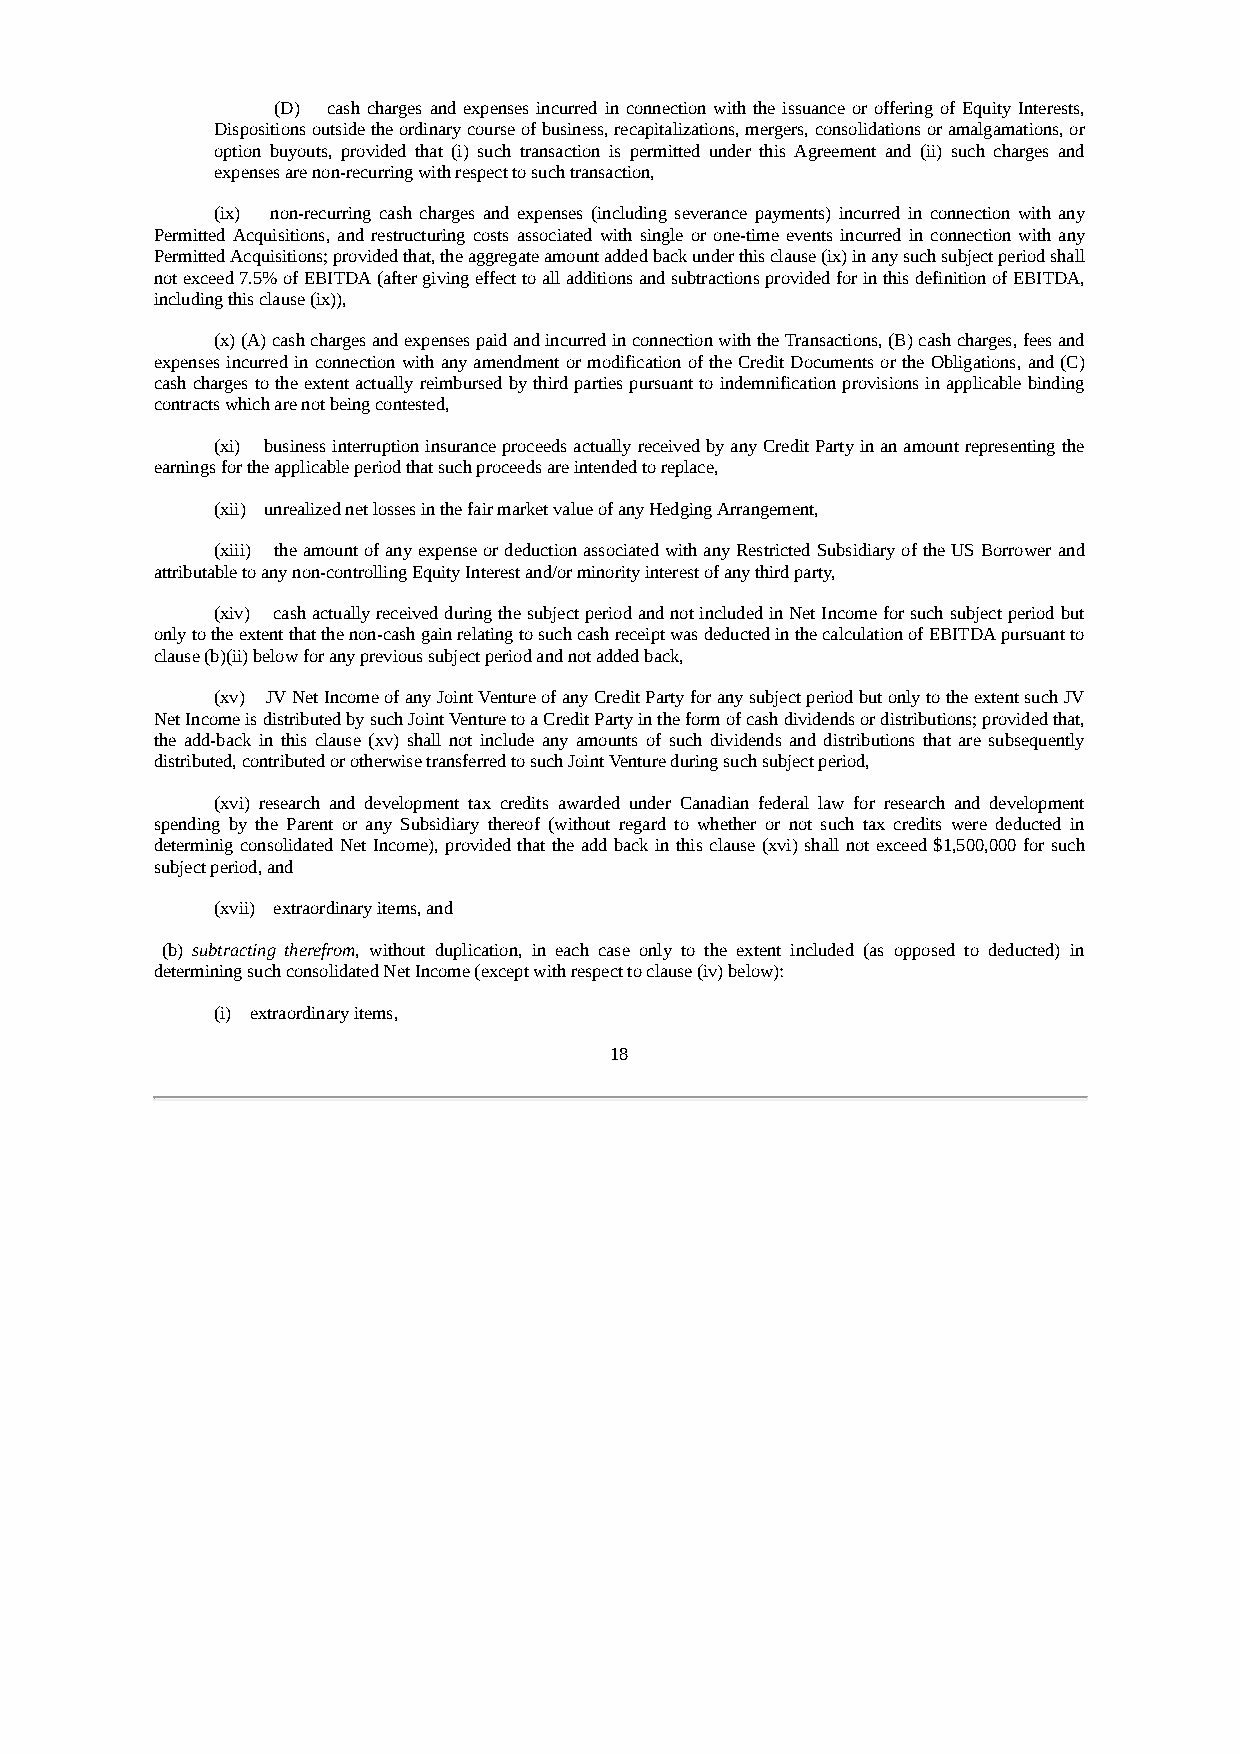
(D) cash charges and expenses incurred in connection with the issuance or offering of Equity Interests,
 Dispositions outside the ordinary course of business, recapitalizations, mergers, consolidations or amalgamations, or
 option buyouts, provided that (i) such transaction is permitted under this Agreement and (ii) such charges and
 expenses are non-recurring with respect to such transaction,
 (ix) non-recurring cash charges and expenses (including severance payments) incurred in connection with any
 Permitted Acquisitions, and restructuring costs associated with single or one-time events incurred in connection with any
 Permitted Acquisitions; provided that, the aggregate amount added back under this clause (ix) in any such subject period shall
 not exceed 7.5% of EBITDA (after giving effect to all additions and subtractions provided for in this definition of EBITDA,
 including this clause (ix)),
 (x) (A) cash charges and expenses paid and incurred in connection with the Transactions, (B) cash charges, fees and
 expenses incurred in connection with any amendment or modification of the Credit Documents or the Obligations, and (C)
 cash charges to the extent actually reimbursed by third parties pursuant to indemnification provisions in applicable binding
 contracts which are not being contested,
 (xi) business interruption insurance proceeds actually received by any Credit Party in an amount representing the
 earnings for the applicable period that such proceeds are intended to replace,
 (xii) unrealized net losses in the fair market value of any Hedging Arrangement,
 (xiii) the amount of any expense or deduction associated with any Restricted Subsidiary of the US Borrower and
 attributable to any non-controlling Equity Interest and/or minority interest of any third party,
 (xiv) cash actually received during the subject period and not included in Net Income for such subject period but
 only to the extent that the non-cash gain relating to such cash receipt was deducted in the calculation of EBITDA pursuant to
 clause (b)(ii) below for any previous subject period and not added back,
 (xv) JV Net Income of any Joint Venture of any Credit Party for any subject period but only to the extent such JV
 Net Income is distributed by such Joint Venture to a Credit Party in the form of cash dividends or distributions; provided that,
 the add-back in this clause (xv) shall not include any amounts of such dividends and distributions that are subsequently
 distributed, contributed or otherwise transferred to such Joint Venture during such subject period,
 (xvi) research and development tax credits awarded under Canadian federal law for research and development
 spending by the Parent or any Subsidiary thereof (without regard to whether or not such tax credits were deducted in
 determinig consolidated Net Income), provided that the add back in this clause (xvi) shall not exceed $1,500,000 for such
 subject period, and
 (xvii) extraordinary items, and
 (b) subtracting therefrom, without duplication, in each case only to the extent included (as opposed to deducted) in
 determining such consolidated Net Income (except with respect to clause (iv) below):
 (i) extraordinary items,
 18